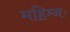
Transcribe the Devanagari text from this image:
महिम्नः